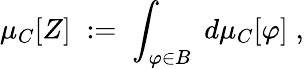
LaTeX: \mu_{C}[Z]\; :=\; \int_{\varphi\in B}\; d\mu_{C}[\varphi]\; ,